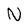
Character: N